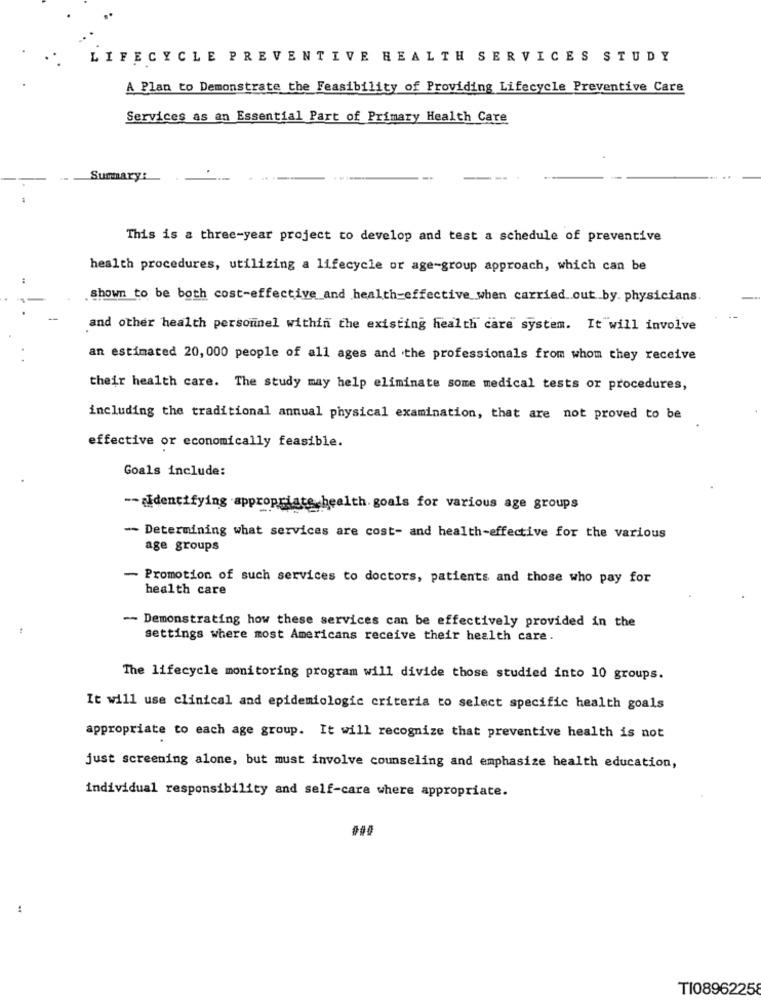
LIFECYCLE PREVENTIVE HEALTH SERVICES STUDY
A Plan to Demonstrate the Feasibility of Providing Lifecycle Preventive Care
Services as an Essential Part of Primary Health Care
Summary:
This is a three-year project to develop and test a schedule of preventive
health procedures, utilizing a lifecycle or age-group approach, which can be
shown to be both cost-effective and health-effective when carried out by. physicians.
and other health personnel within the existing health care system. It will involve
an estimated 20, 000 people of all ages and the professionals from whom they receive
their health care. The study may help eliminate some medical tests or procedures,
including the traditional annual physical examination, that are not proved to be
effective or economically feasible.
Goals include:
-- aidentifying appropriate health. goals for various age groups
- Determining what services are cost- and health-effective for the various
age groups
- Promotion of such services to doctors, patients and those who pay for
health care
- Demonstrating how these services can be effectively provided in the
.
settings where most Americans receive their health care.
The lifecycle monitoring program will divide those studied into 10 groups.
It will use clinical and epidemiologic criteria to select specific health goals
appropriate to each age group. It will recognize that preventive health is not
just screening alone, but must involve counseling and emphasize health education,
individual responsibility and self-care where appropriate.
000
TI08962258